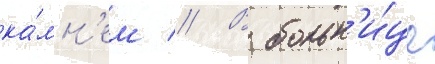
ка́мн'ем // В больн'и́це